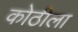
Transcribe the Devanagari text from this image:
कोठीला